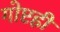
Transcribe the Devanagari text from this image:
गोष्टही